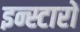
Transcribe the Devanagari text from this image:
इन्स्टारों